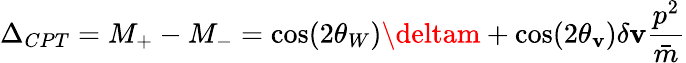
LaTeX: \Delta_{CPT}=M_{+}-M_{-}=\cos(2\theta_{W})\deltam+\cos(2\theta_{\mathbf{v}})\delta\mathbf{v}\frac{{p^{2}}}{{\bar{{m}}}}